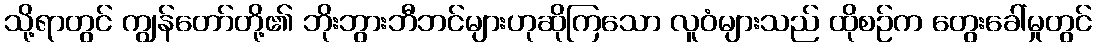
သို့ရာတွင် ကျွန်တော်တို့၏ ဘိုးဘွားဘီဘင်များဟုဆိုကြသော လူဝံများသည် ထိုစဉ်က တွေးခေါ်မှုတွင်